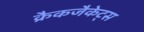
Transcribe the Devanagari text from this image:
क्रैकजैकेट्स